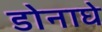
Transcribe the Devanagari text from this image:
डोनाघे